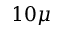
1 0 \mu